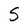
Character: S